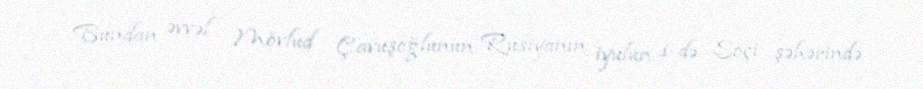
Bundan əvvəl Mövlud Çavuşoğlunun Rusiyanın iyulun 1-də Soçi şəhərində